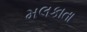
મલકાતા